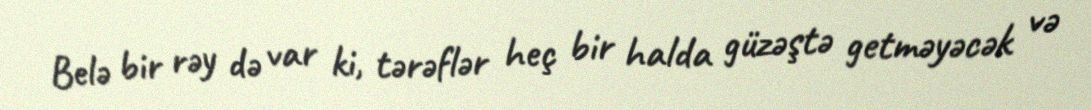
Belə bir rəy də var ki, tərəflər heç bir halda güzəştə getməyəcək və